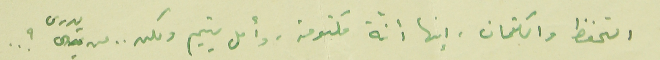
التخفظ والكتمان، إنها أنّة مكتومة، وأمل يتيم ولكن .. من يدرى ؟ ..